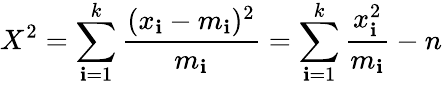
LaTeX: X^{2}=\sum_{\mathbf{i}=1}^{k}{\frac{{(x_{\mathbf{i}}-m_{\mathbf{i}})^{2}}}{{m_{\mathbf{i}}}}}=\sum_{\mathbf{i}=1}^{k}{{\frac{{x_{\mathbf{i}}^{2}}}{{m_{\mathbf{i}}}}}-n}